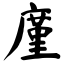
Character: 廑